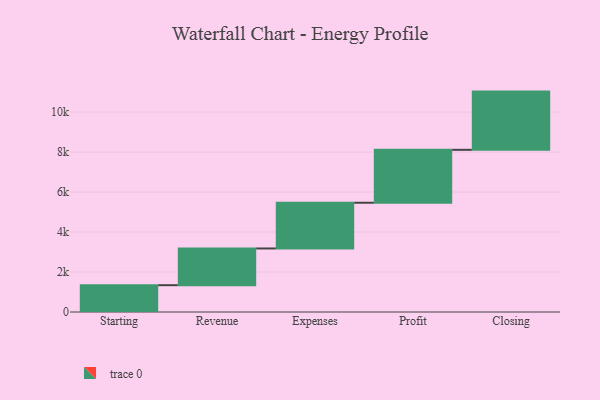
{"axis": {"x": "Step", "y": "Value"}, "legend": [""], "data": [{"x": "Starting", "y": 1341.0, "type": ""}, {"x": "Revenue", "y": 1837.0, "type": ""}, {"x": "Expenses", "y": 2287.0, "type": ""}, {"x": "Profit", "y": 2647.0, "type": ""}, {"x": "Closing", "y": 2912.0, "type": ""}]}